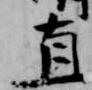
直